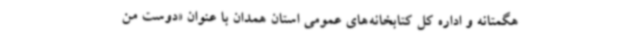
هگمتانه و اداره کل کتابخانه‌های عمومی استان همدان با عنوان «دوست من